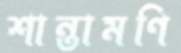
শান্তামণি